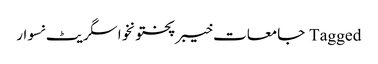
Tagged جامعات خیبرپختونخوا سگریٹ نسوار